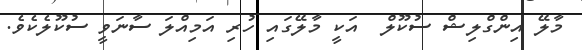
މާލޭ އިންގްލިޝް ސުކޫލް  އަކީ މާލޭގައި ހުރި އަމިއްލަ ސާނަވީ ސުކޫލެކެވެ.